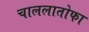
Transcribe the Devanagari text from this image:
चाललातोफा